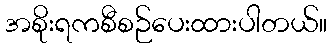
အစိုးရကစီစဉ်ပေးထားပါတယ်။